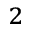
^ { 2 }